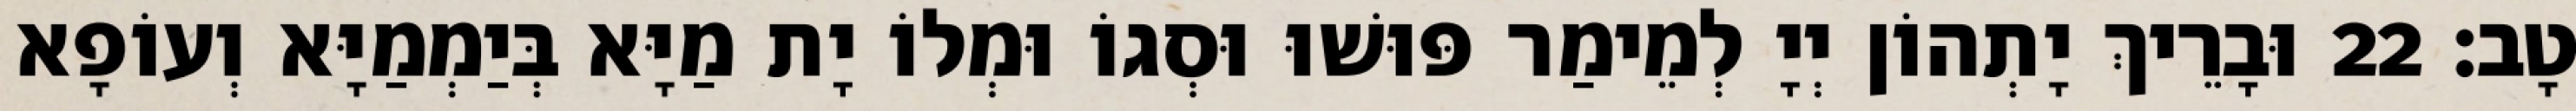
טָב׃ 22 וּבָרֵיךְ יָתְהוֹן יְיָ לְמֵימַר פּוּשׁוּ וּסְגוֹ וּמְלוֹ יָת מַיָּא בְּיַמְמַיָּא וְעוֹפָא